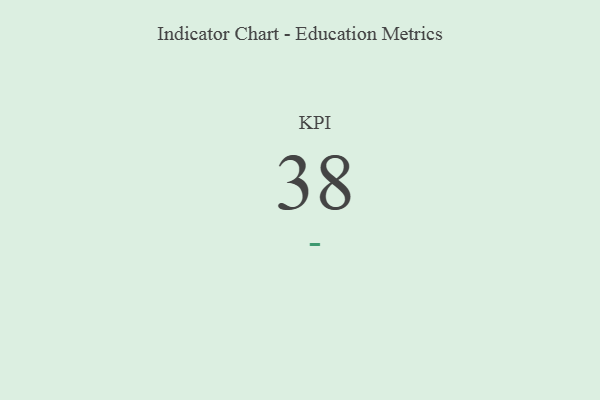
{"axis": {"x": "KPI", "y": "Value"}, "legend": [""], "data": [{"x": "KPI", "y": 38, "type": ""}]}